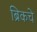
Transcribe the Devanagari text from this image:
ब्रिकचे